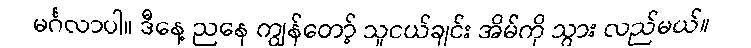
မင်္ဂလာပါ။ ဒီနေ့ ညနေ ကျွန်တော့် သူငယ်ချင်း အိမ်ကို သွား လည်မယ်။